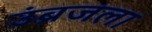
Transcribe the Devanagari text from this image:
उंब्रजला